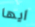
ايها